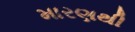
મારણથી